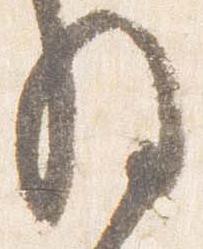
将